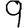
Digit: 9